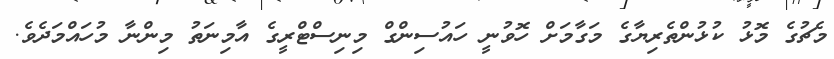
މެޗުގެ މޮޅު ކުޅުންތެރިޔާގެ މަގާމަށް ހޮވުނީ ހައުސިންގް މިނިސްޓްރީގެ އާމިނަތު މިންނާ މުހައްމަދެވެ.